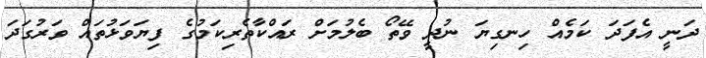
ދަނީ އެފަދަ ކަމެއް ހިނގިޔަ ނުދީ ވޭތޯ ބެލުމަށް ރައްކާތެރިކަމުގެ ފިޔަވަޅުތައް ވަރުގަދަ